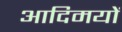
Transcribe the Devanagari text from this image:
आदिमयों